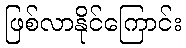
ဖြစ်လာနိုင်ကြောင်း